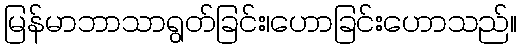
မြန်မာဘာသာရွတ်ခြင်း၊ဟောခြင်းဟောသည်။